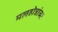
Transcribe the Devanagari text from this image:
मलहोत्रांच्या